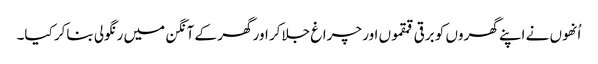
اُنھوں نے اپنے گھروں کو برقی قمقموں اور چراغ جلاکر اور گھر کے آنگن میں رنگولی بناکر کیا۔